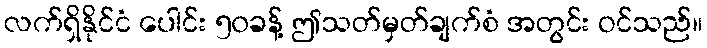
လက်ရှိနိုင်ငံ ပေါင်း ၅၀ခန့် ဤသတ်မှတ်ချက်စံ အတွင်း ဝင်သည်။